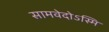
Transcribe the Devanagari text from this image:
सामवेदोऽस्मि